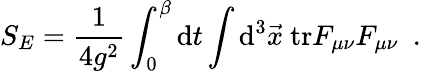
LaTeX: S_{E}={\frac{1}{4g^{2}}}\int_{0}^{\beta}\mathrm{d}t\int\mathrm{d}^{3}\vec{x}~\mathrm{tr}F_{\mu\nu}F_{\mu\nu}~~.